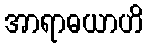
အာရာဓယာဟိ